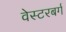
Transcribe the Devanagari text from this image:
वेस्टरबर्ग